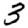
Digit: 3